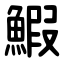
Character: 鰕